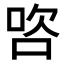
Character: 𭇺